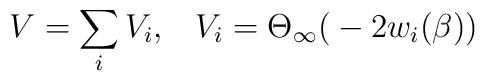
V = \sum_i V_i,\; \; \; V_i = \Theta_\infty\big(- 2 w_i(\beta)\big)